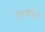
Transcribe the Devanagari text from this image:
एफआईडी